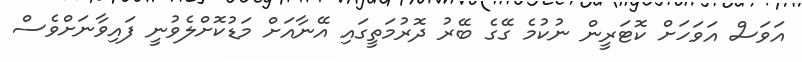
އަވަސް އަވަހަށް ކޮޓަރީން ނުކުމެ ގޭގެ ބޭރު ދޮރުމަތީގައި އޭނާއަށް މަޑުކޮށްލެވުނީ ފައިވާނަށްވެސް